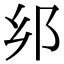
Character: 𨙵